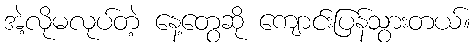
အဲ့လိုမလုပ်တဲ့ နေ့တွေဆို ကျောင်းပြန်သွားတယ်။